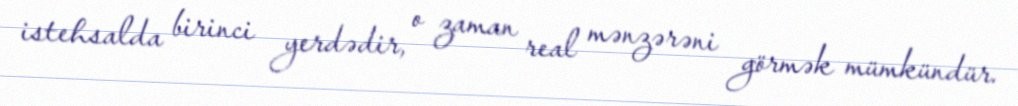
istehsalda birinci yerdədir, o zaman real mənzərəni görmək mümkündür.